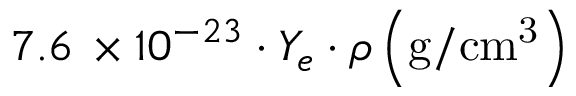
7 . 6 \, \times 1 0 ^ { - 2 3 } \cdot Y _ { e } \cdot \rho \left( \mathrm { g / c m ^ { 3 } } \right)